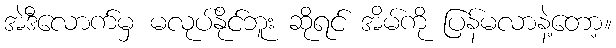
အဲဒီလောက်မှ မလုပ်နိုင်ဘူး ဆိုရင် အိမ်ကို ပြန်မလာနဲ့တော့။